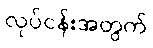
လုပ်ငန်းအတွက်